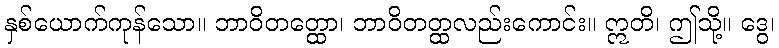
နှစ်ယောက်ကုန်သော။ ဘာဝိတတ္ထော၊ ဘာဝိတတ္ထလည်းကောင်း။ ဣတိ၊ ဤသို့။ ဒွေ၊